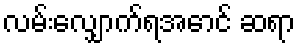
လမ်းလျှောက်ရအောင် ဆရာ